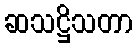
ဆသဋ္ဌိသတာ